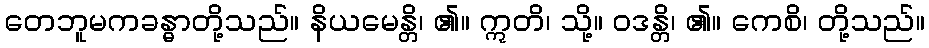
တေဘူမကခန္ဓာတို့သည်။ နိယမေန္တိ၊ ၏။ ဣတိ၊ သို့။ ဝဒန္တိ၊ ၏။ ကေစိ၊ တို့သည်။